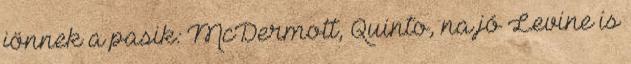
jönnek a pasik: McDermott, Quinto, na jó Levine is